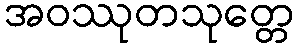
အဝဿုတသုတ္တေ